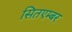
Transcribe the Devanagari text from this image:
सितएम्बर